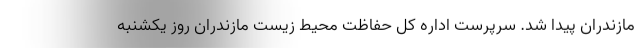
مازندران پیدا شد. سرپرست اداره کل حفاظت محیط زیست مازندران روز یکشنبه